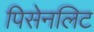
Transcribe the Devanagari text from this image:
पिसेनलिट